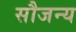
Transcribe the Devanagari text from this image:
सौजन्‍य